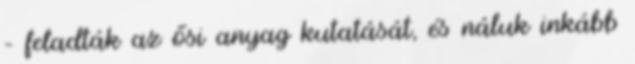
– feladták az ősi anyag kutatását, és náluk inkább